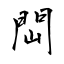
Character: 閊